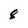
Character: 8